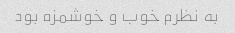
به نظرم خوب و خوشمزه بود